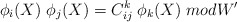
\begin{align*}\phi_i ( X ) \; \phi_j ( X ) =C_{ij}^{k} \; \phi_k ( X ) \; mod W'\end{align*}